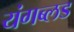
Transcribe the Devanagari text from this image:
यंगब्लड